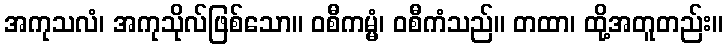
အကုသလံ၊ အကုသိုလ်ဖြစ်သော။ ဝစီကမ္မံ၊ ဝစီကံသည်။ တထာ၊ ထို့အတူတည်း။